Civil Veterinary Dept. Assam report 1927-50 - 1927-1950
Year: 1927
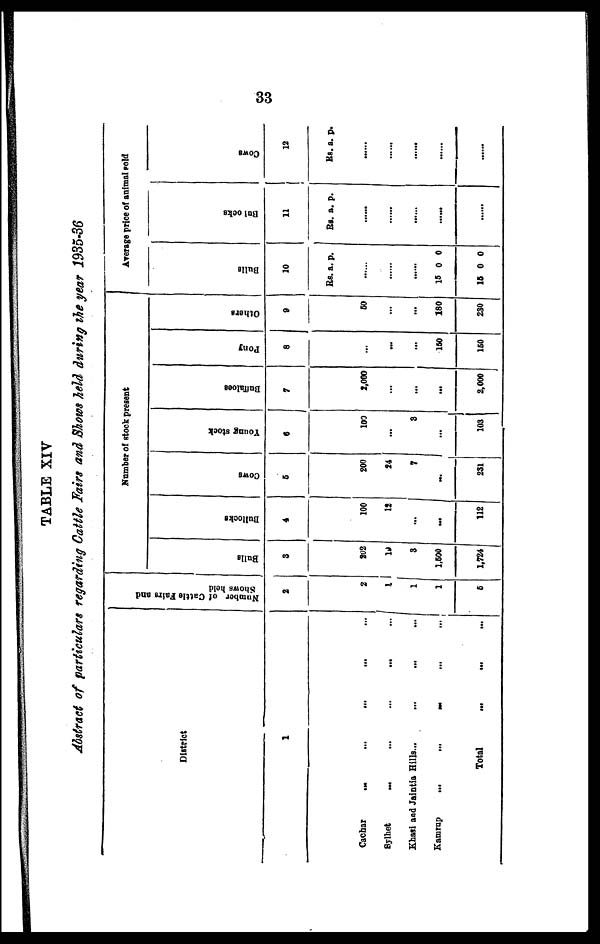
33
TABLE XIV
Abstract of particulars regarding Cattle Fairs and Shows held during the year 1935-36
District
1
Cachar
...
...
...
...
Sylhet ... ... ... ... ...
Khasi and Jaintia Hills... ... ... ...
Kamrup
...
...
...
...
...
Total ... ... ...
Number of Cattle Fairs and
Shows hold
2
2
1
1
1
5
Number of stock present
Bulls
3
202
19
3
1,500
1,724
Bullocks
4
100
12
...
...
112
Coirs
5
200
24
7
...
231
Young stock
6
109
...
3
...
103
Buffaloes
7
2,000
...
...
...
2,000
Pony
8
...
...
...
100
150
Others
9
50
...
...
180
230
Average price of animal sold
Bul l s
10
Rs.
......
......
......
15
18
a.
0
0
p.
0
0
Bulocks
11
Rs. a. p.
......
......
......
......
......
Cows
12
Rs. a. p.
......
......
......
......
......